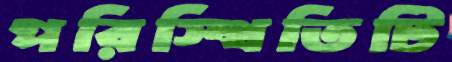
পরিস্থিতিটি